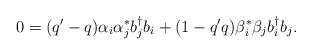
LaTeX: \begin{align*}0 = ( q^{\prime} - q ) \alpha_{i} \alpha_{j}^* b_j^{\dagger} b_i + ( 1 -q^{\prime} q ) \beta_{i}^* \beta_{j} b_i^{\dagger} b_j.\end{align*}